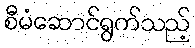
စီမံဆောင်ရွက်သည့်